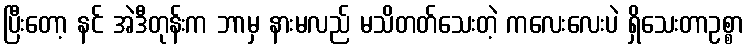
ပြီးတော့ နင် အဲဒီတုန်းက ဘာမှ နားမလည် မသိတတ်သေးတဲ့ ကလေးလေးပဲ ရှိသေးတာဥစ္စာ